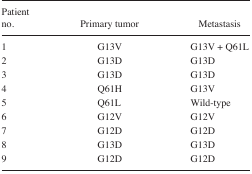
<table><thead><tr><td><b>Patient no.</b></td><td><b>Primary tumor</b></td><td><b>Metastasis</b></td></tr></thead><tbody><tr><td>1</td><td>G13V</td><td>G13V + Q61L</td></tr><tr><td>2</td><td>G13D</td><td>G13D</td></tr><tr><td>3</td><td>G13D</td><td>G13D</td></tr><tr><td>4</td><td>Q61H</td><td>G13V</td></tr><tr><td>5</td><td>Q61L</td><td>Wild-type</td></tr><tr><td>6</td><td>G12V</td><td>G12V</td></tr><tr><td>7</td><td>G12D</td><td>G12D</td></tr><tr><td>8</td><td>G13D</td><td>G13D</td></tr><tr><td>9</td><td>G12D</td><td>G12D</td></tr></tbody></table>